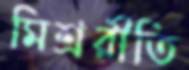
মিশ্ররীতি